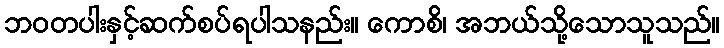
ဘဝတပါးနှင့်ဆက်စပ်ရပါသနည်း။ ကောစိ၊ အဘယ်သို့သောသူသည်။